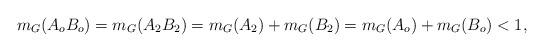
LaTeX: \begin{align*}m_G(A_o B_o) = m_G(A_2 B_2) = m_G(A_2) + m_G(B_2) = m_G(A_o) + m_G(B_o) < 1,\end{align*}